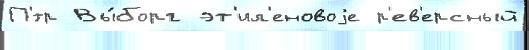
П'́тр Вы́борг эт'ил'еновоjе р'ев'ерсный